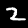
Label: 2